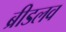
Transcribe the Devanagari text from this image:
ब्रीडलव